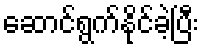
ဆောင်ရွက်နိုင်ခဲ့ပြီး